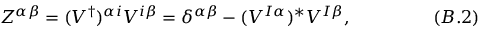
Z ^ { { \alpha } { \beta } } = ( V ^ { \dagger } ) ^ { { \alpha } i } V ^ { i { \beta } } = { \delta } ^ { { \alpha } { \beta } } - ( V ^ { I { \alpha } } ) ^ { * } V ^ { I { \beta } } , \eqno ( B . 2 )